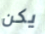
يكن